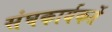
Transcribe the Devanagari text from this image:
संघकार्यकर्ते